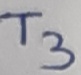
Text: T3